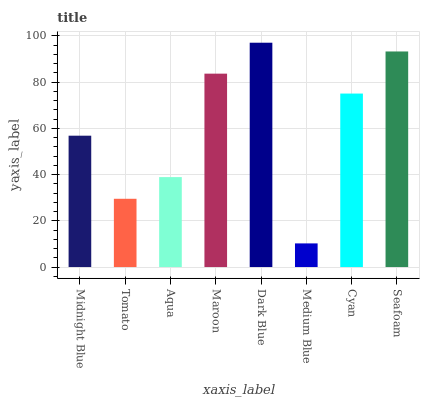
| xaxis_label | bars |
 | --- | --- |
 | Midnight Blue | 56.8 |
 | Tomato | 29.5 |
 | Aqua | 38.9 |
 | Maroon | 83.7 |
 | Dark Blue | 97 |
 | Medium Blue | 10.2 |
 | Cyan | 75 |
 | Seafoam | 93.3 |